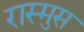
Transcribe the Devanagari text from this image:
रास्मुस